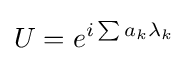
U=e^{i\sum {a_{k}\lambda _{k}}}